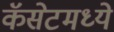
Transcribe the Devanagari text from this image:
कॅसेटमध्ये